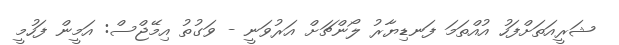
ޝަރީއަތަށްފަހު އުއްތަމަ ފަނޑިޔާރު ލޯންޗަށް އަރުވަނީ - ވަގުތު އިމޭޖްސް: އަމީން ފަހުމީ